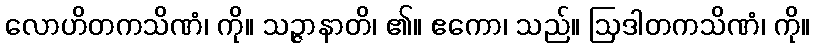
လောဟိတကသိဏံ၊ ကို။ သဉ္ဇာနာတိ၊ ၏။ ဧကော၊ သည်။ ဩဒါတကသိဏံ၊ ကို။